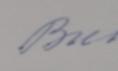
Signature authenticity: forged